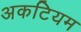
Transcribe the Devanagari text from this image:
अकटियम